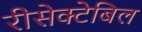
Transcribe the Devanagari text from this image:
रीसेक्टेबिल